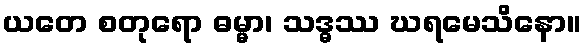
ယတေ စတုရော ဓမ္မာ၊ သဒ္ဓဿ ဃရမေသိနော။